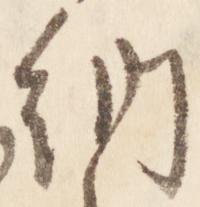
納